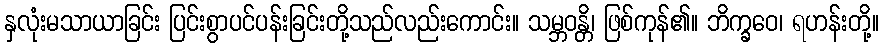
နှလုံးမသာယာခြင်း ပြင်းစွာပင်ပန်းခြင်းတို့သည်လည်းကောင်း။ သမ္ဘဝန္တိ၊ ဖြစ်ကုန်၏။ ဘိက္ခဝေ၊ ရဟန်းတို့။